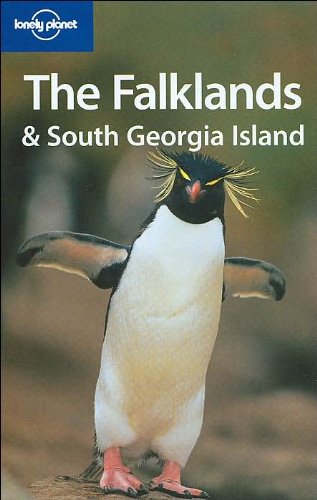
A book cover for Lonely Planet The Falklands & South Georgia Island (Regional Guide); Tony Wheeler; Travel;